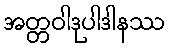
အတ္တဝါဒုပါဒါနဿ